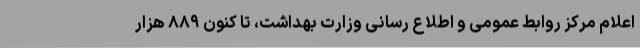
اعلام مرکز روابط عمومی و اطلاع رسانی وزارت بهداشت، تا کنون ۸۸۹ هزار